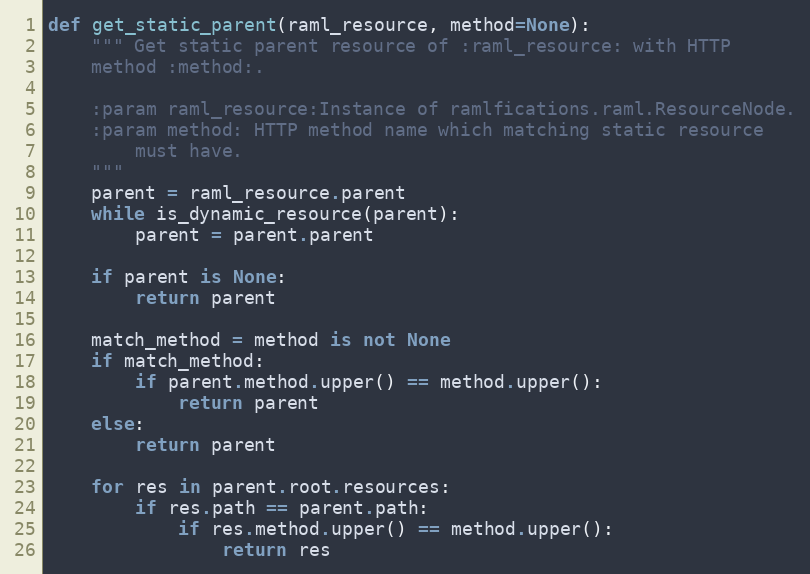
Language: Python
def get_static_parent(raml_resource, method=None):
    """ Get static parent resource of :raml_resource: with HTTP
    method :method:.

    :param raml_resource:Instance of ramlfications.raml.ResourceNode.
    :param method: HTTP method name which matching static resource
        must have.
    """
    parent = raml_resource.parent
    while is_dynamic_resource(parent):
        parent = parent.parent

    if parent is None:
        return parent

    match_method = method is not None
    if match_method:
        if parent.method.upper() == method.upper():
            return parent
    else:
        return parent

    for res in parent.root.resources:
        if res.path == parent.path:
            if res.method.upper() == method.upper():
                return res